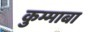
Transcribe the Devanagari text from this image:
कुम्माबा